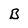
Character: B